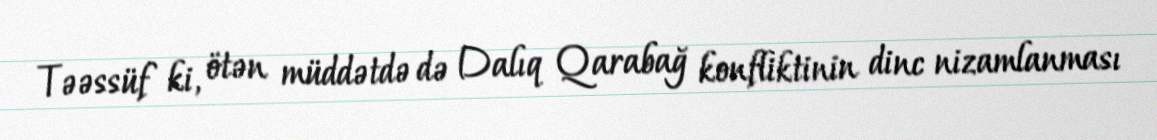
Təəssüf ki, ötən müddətdə də Dalıq Qarabağ konfliktinin dinc nizamlanması